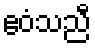
ဧဝံသညီ